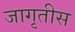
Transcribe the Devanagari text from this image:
जागृतीस